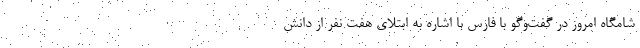
شامگاه امروز در گفت‌وگو با فارس با اشاره به ابتلای هفت نفر از دانش